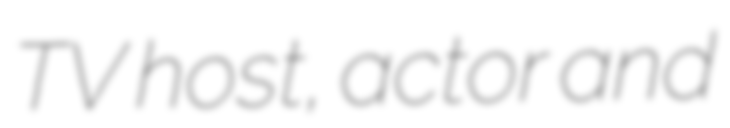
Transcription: TV host, actor and